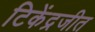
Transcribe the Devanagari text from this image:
टिकेंद्रजीत